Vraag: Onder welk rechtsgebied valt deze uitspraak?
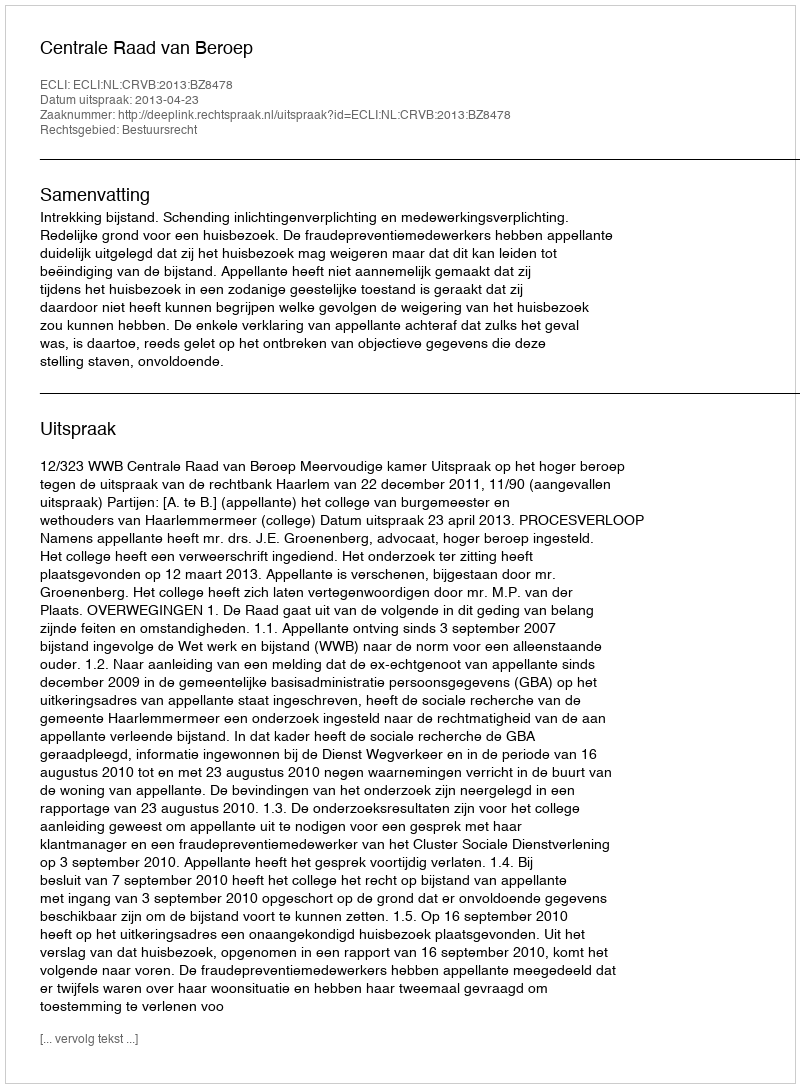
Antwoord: Bestuursrecht